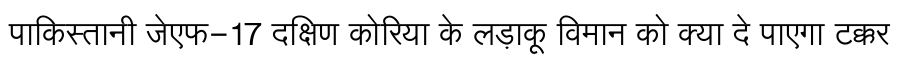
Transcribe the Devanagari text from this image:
पाकिस्तानी जेएफ-17 दक्षिण कोरिया के लड़ाकू विमान को क्या दे पाएगा टक्कर